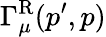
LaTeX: \Gamma_{\mu}^{\mathrm{R}}(p^{\prime},p)